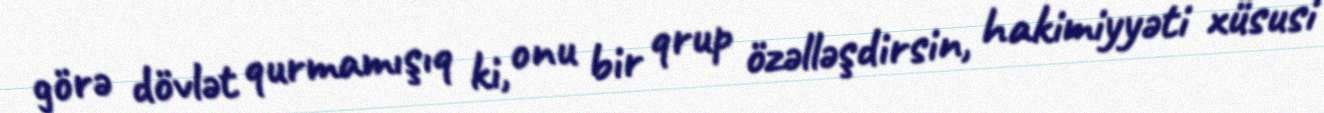
görə dövlət qurmamışıq ki, onu bir qrup özəlləşdirsin, hakimiyyəti xüsusi